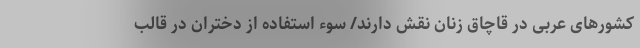
کشورهای عربی در قاچاق زنان نقش دارند/ سوء استفاده از دختران در قالب